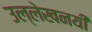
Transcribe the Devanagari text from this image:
उल्लेखनयी